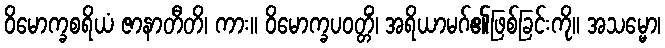
ဝိမောက္ခစရိယံ ဇာနာတီတိ၊ ကား။ ဝိမောက္ခပဝတ္တိံ၊ အရိယာမဂ်၏ဖြစ်ခြင်းကို။ အသမ္မော၊